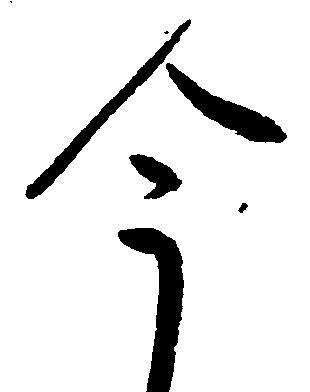
今